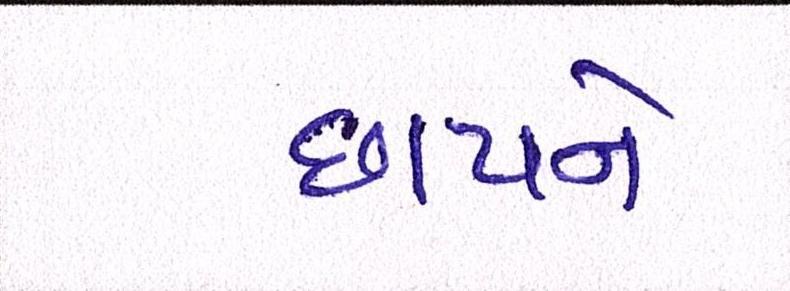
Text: છાપને